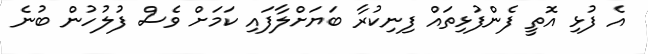
އެ ފުޅި އޮތީ ފެންފުޅިތައް ފިނިކުރާ ބަޔަށްލާފައި ކަމަށް ވެސް ފުލުހުން ބުނެ